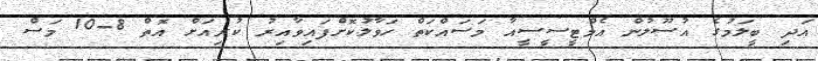
އަދި ބީލަމުގެ އުސޫލުން އެމްޓީސީސީއާ މަސައްކަތް ހަވާލުކޮށްފައިވާއިރު ކުރިއަށް އޮތް 8-10 މަސް